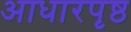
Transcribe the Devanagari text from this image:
आधारपृष्ठ